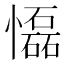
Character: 𢤡